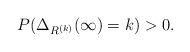
LaTeX: \begin{align*} P(\Delta_{R^{(k)}} (\infty)=k)>0.\end{align*}